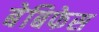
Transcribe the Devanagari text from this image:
बेबिफेस